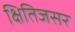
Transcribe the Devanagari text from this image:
क्षितिजसर